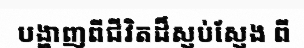
បង្ហាញពីជីវិតដ៏ស្ញប់ស្ញែង ពី